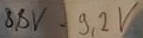
Text: 8,8V-9,2V